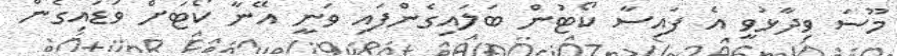
މޫސަ ވިދާޅުވީ އެ ފައިސާ ކޯޓުން ބަލައިގެންފައި ވަނީ އޭނާ ކޯޓަށް ވަޑައިގެން